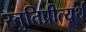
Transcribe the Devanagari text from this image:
स्तुतिप्रीत्यर्थ